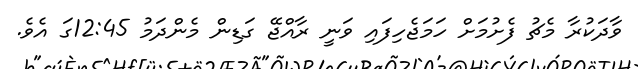
ވާދަކުރާ މެޗު ފެށުމަށް ހަމަޖެހިފައި ވަނީ ރާއްޖޭ ގަޑިން މެންދަމު 12:45ގަ އެވެ.